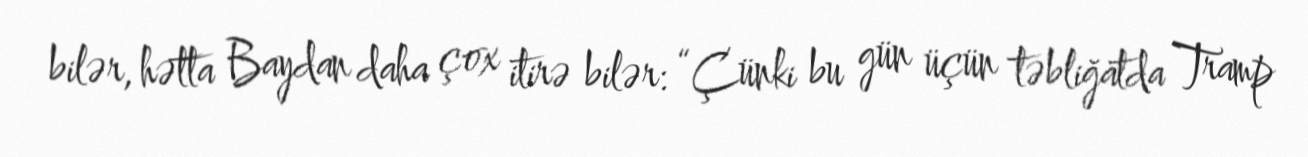
bilər, hətta Baydan daha çox itirə bilər: “Çünki bu gün üçün təbliğatda Tramp